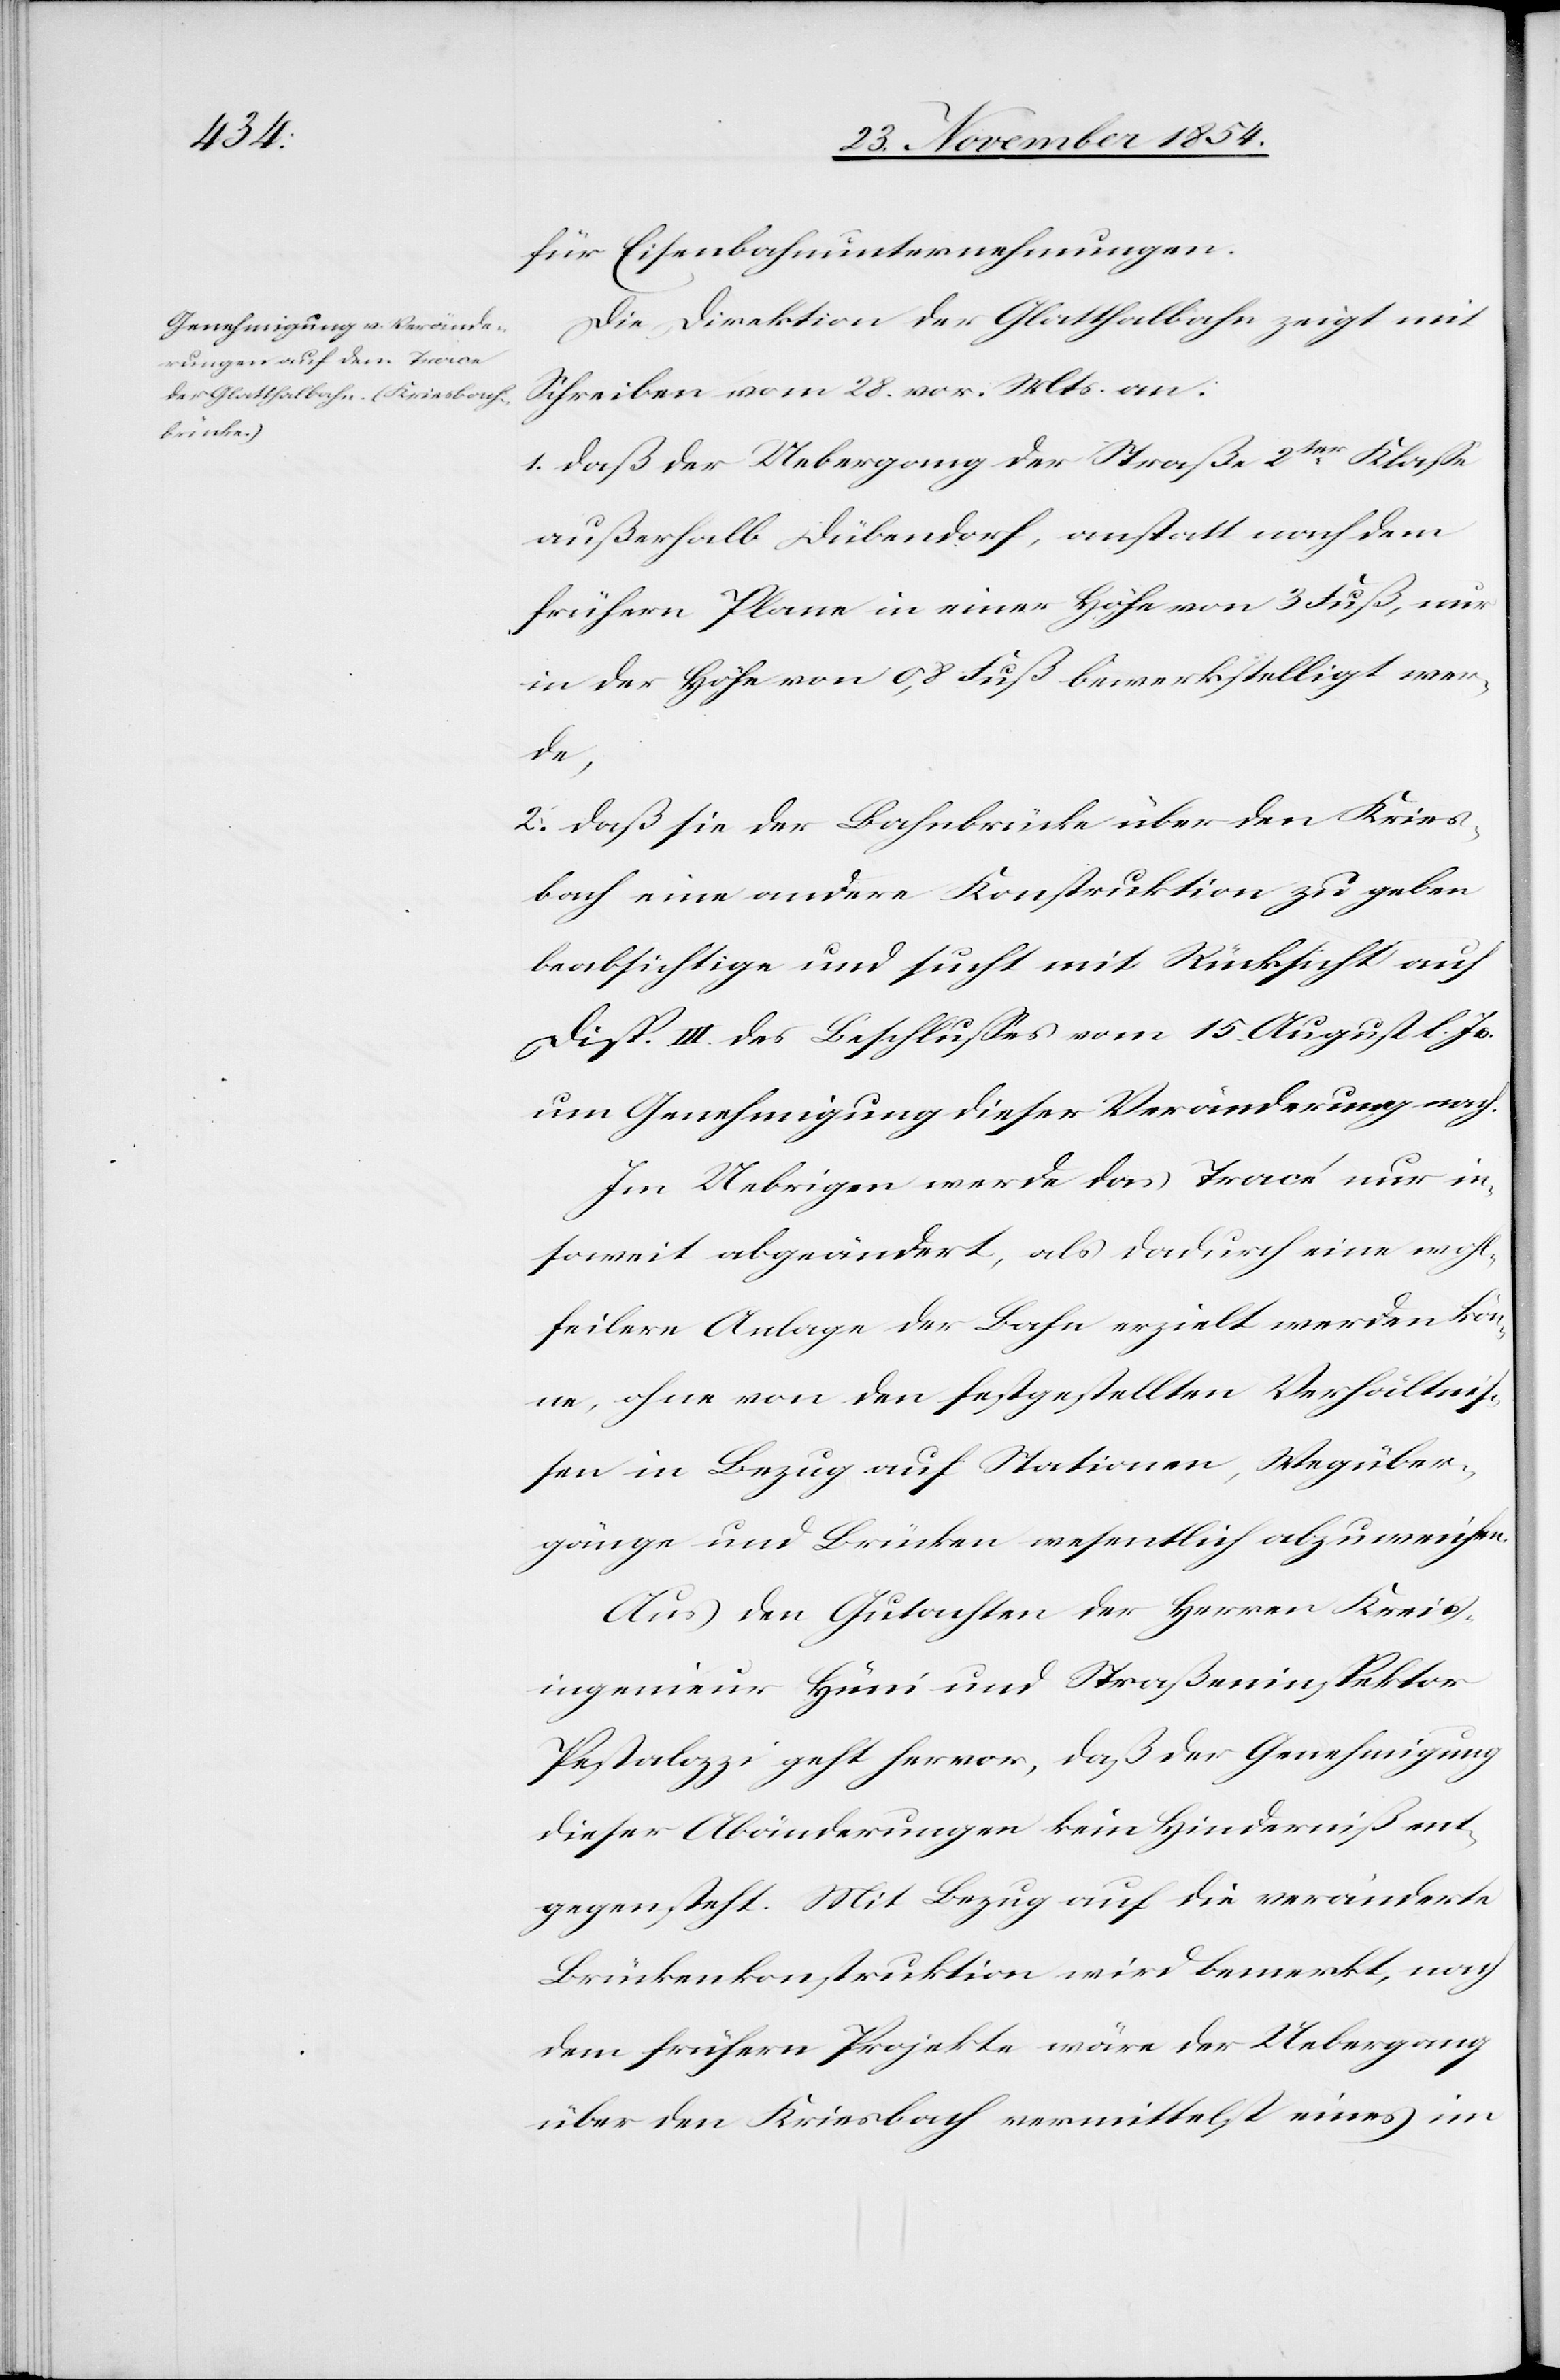
für Eisenbahnunternehmungen.
Die Direktion der Glatthalbahn zeigt mit
Schreiben vom 28. vor. Mts. an:
1. daß der Uebergang der Straße 2ter Klaße
außerhalb Dübensdorf, anstatt nach dem
frühern Plane in einer Höhe von 3 Fuß, nur
in der Höhe von 0,8 Fuß bewerkstelligt wer¬
de,
2. daß sie der Bahnbrücke über den Kries¬
bach eine andere Konstruktion zu geben
beabsichtige und sucht mit Rücksicht auf
Disp. III. des Beschlußes vom 15. August l. Js.
um Genehmigung dieser Veränderung nach.
Im Uebrigen werde das Tracé nur in¬
soweit abgeändert, als dadurch eine wohl¬
feilere Anlage der Bahn erzielt werden kön¬
ne, ohne von den festgestellten Verhältniß¬
en in Bezug auf Stationen, Wegüber¬
gänge und Brücken wesentlich abzuweichen.
Aus den Gutachten der Herren Kreis¬
ingenieur Hüni und Straßeninspektor
Pestalozzi geht hervor, daß der Genehmigung
dieser Abänderungen kein Hinderniß ent¬
gegensteht. Mit Bezug auf die veränderte
Brückenkonstruktion wird bemerkt, nach
dem früheren Projekte wäre der Uebergang
über den Kriesbach vermittelst eines im